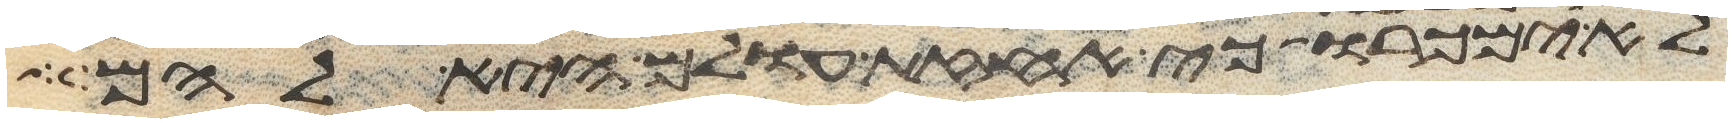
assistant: לא ימכרו כי אחזת עולם היא להם